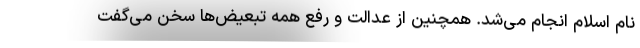
نام اسلام انجام می‌شد. همچنین از عدالت و رفع همه تبعیض‌ها سخن می‌گفت